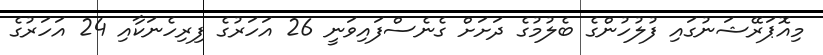
މިއޮޕަރޭޝަނުގައި ފުލުހުންގެ ބެލުމުގެ ދަށަށް ގެނެސްފައިވަނީ 26 އަހަރުގެ ފިރިހެނަކާއި 24 އަހަރުގެ